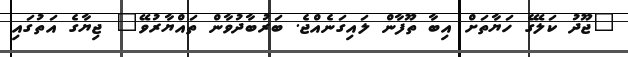
"ޖޫދު ކަލޭގެ ހަޔާތަށް އިބާ ތޫފާން ލައިގަނެއްޖެ. ބަރުބާދުވާން ތައްޔާރުވޭ" ޖިޔާގެ އަތުގައި